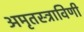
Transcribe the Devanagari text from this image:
अमृतस्त्राविणी